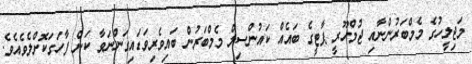
މަޖިލީހުގެ މެމްބަރުންނާއި ޖުމްހޫރީ ޕާޓީގެ ބައެއް ކައުންސިލް މެމްބަރުން ބައިވެރިވަޑައިގަންނަވާ ކަން ފާހަގަކޮށްލެވެއެވެ.